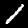
Digit: 1